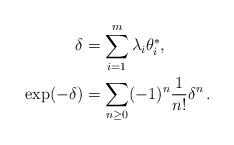
LaTeX: \begin{align*}\delta &= \sum_{i=1}^m \lambda_i \theta_i^*,\\\exp(-\delta) &= \sum_{n \ge 0} (-1)^n \frac{1}{n!} \delta^n\,.\end{align*}